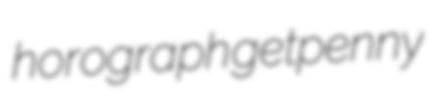
horograph getpenny